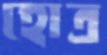
হোত্র